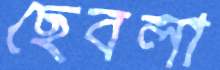
ছেবলা